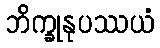
ဘိက္ခုနုပဿယံ